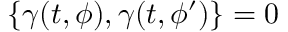
{ \ \{ \gamma ( t , \phi ) , \gamma ( t , \phi ^ { \prime } ) \} = 0 \, \ }